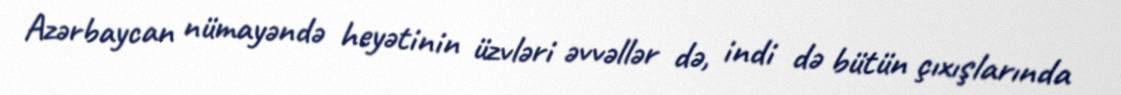
Azərbaycan nümayəndə heyətinin üzvləri əvvəllər də, indi də bütün çıxışlarında